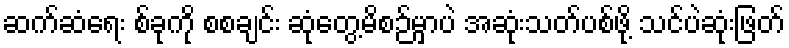
ဆက်ဆံရေး စ်ခုကို စစချင်း ဆုံတွေ့မိစဉ်မှာပဲ အဆုံးသတ်ပစ်ဖို့ သင်ပဲဆုံးဖြတ်